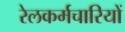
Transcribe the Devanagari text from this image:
रेलकर्मचारियों